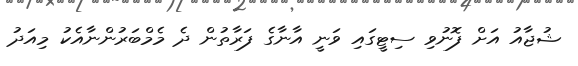
ޝުޖާއު އަށް ފޮނުވި ސިޓީގައި ވަނީ އާނާގެ ފަރާތުން ދެ މެމްބަރުންނާއެކު މިއަދު